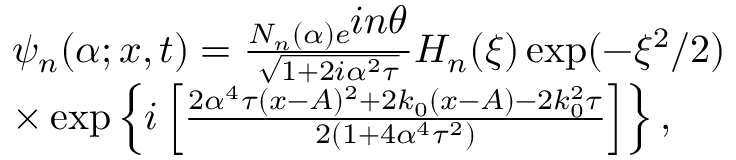
\begin{array} { l l } { \psi _ { n } ( \alpha ; x , t ) = \frac { N _ { n } ( \alpha ) e ^ { \textstyle i n \theta } } { \sqrt { 1 + 2 i \alpha ^ { 2 } \tau } } H _ { n } ( \xi ) \exp ( - \xi ^ { 2 } / 2 ) } \\ { \times \exp \left\{ i \left[ \frac { 2 \alpha ^ { 4 } \tau ( x - A ) ^ { 2 } + 2 k _ { 0 } ( x - A ) - 2 k _ { 0 } ^ { 2 } \tau } { 2 ( 1 + 4 \alpha ^ { 4 } \tau ^ { 2 } ) } \right] \right\} , } \end{array}